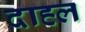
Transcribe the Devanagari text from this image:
दाह्ल